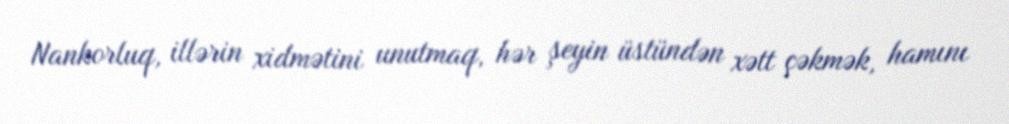
Nankorluq, illərin xidmətini unutmaq, hər şeyin üstündən xətt çəkmək, hamını